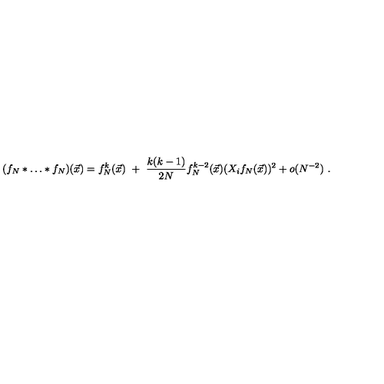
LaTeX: ( f _ { N } * \dots * f _ { N } ) ( \vec { x } ) = f _ { N } ^ { k } ( \vec { x } ) \ + \ \frac { k ( k - 1 ) } { 2 N } f _ { N } ^ { k - 2 } ( \vec { x } ) ( X _ { i } f _ { N } ( \vec { x } ) ) ^ { 2 } + o ( N ^ { - 2 } ) \ .